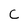
Character: C